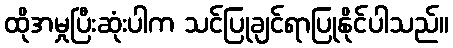
ထိုအမှုပြီးဆုံးပါက သင်ပြုချင်ရာပြုနိုင်ပါသည်။